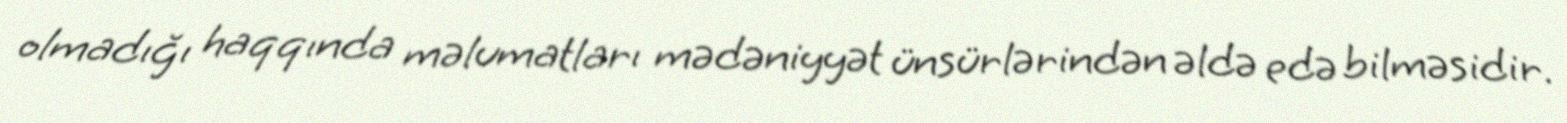
olmadığı haqqında məlumatları mədəniyyət ünsürlərindən əldə edə bilməsidir.